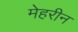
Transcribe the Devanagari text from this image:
मेहरीन